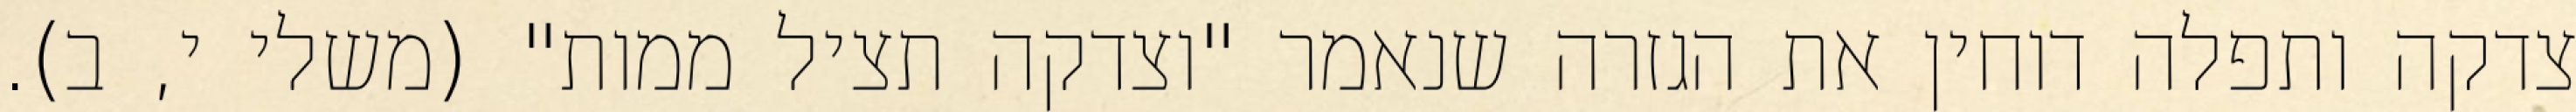
צדקה ותפלה דוחין את הגזרה שנאמר "וצדקה תציל ממות" (משלי י, ב).